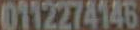
0112274146